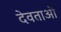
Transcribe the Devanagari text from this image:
देवताऒ